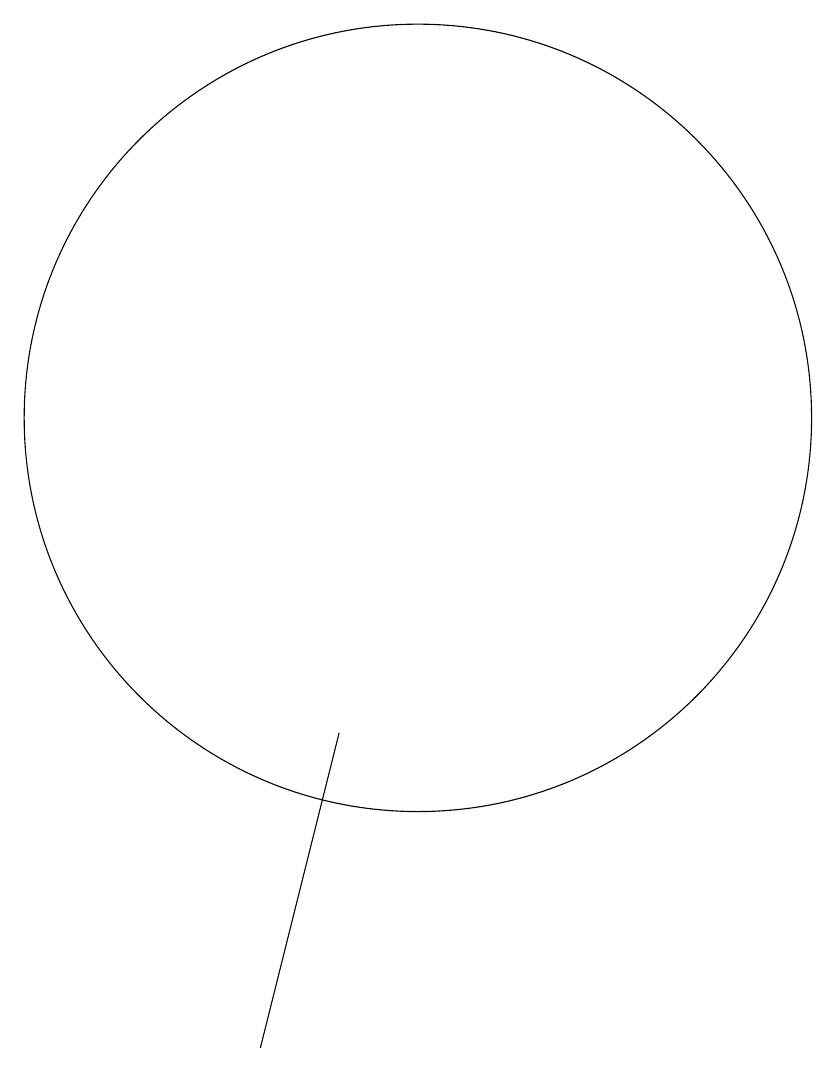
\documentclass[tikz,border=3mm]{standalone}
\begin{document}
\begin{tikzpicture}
\draw (10,10) circle (0);
\draw (10,11) circle (5);
\draw (8,3) -- (9,7) -- (9,7) -- cycle;
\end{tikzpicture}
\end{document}